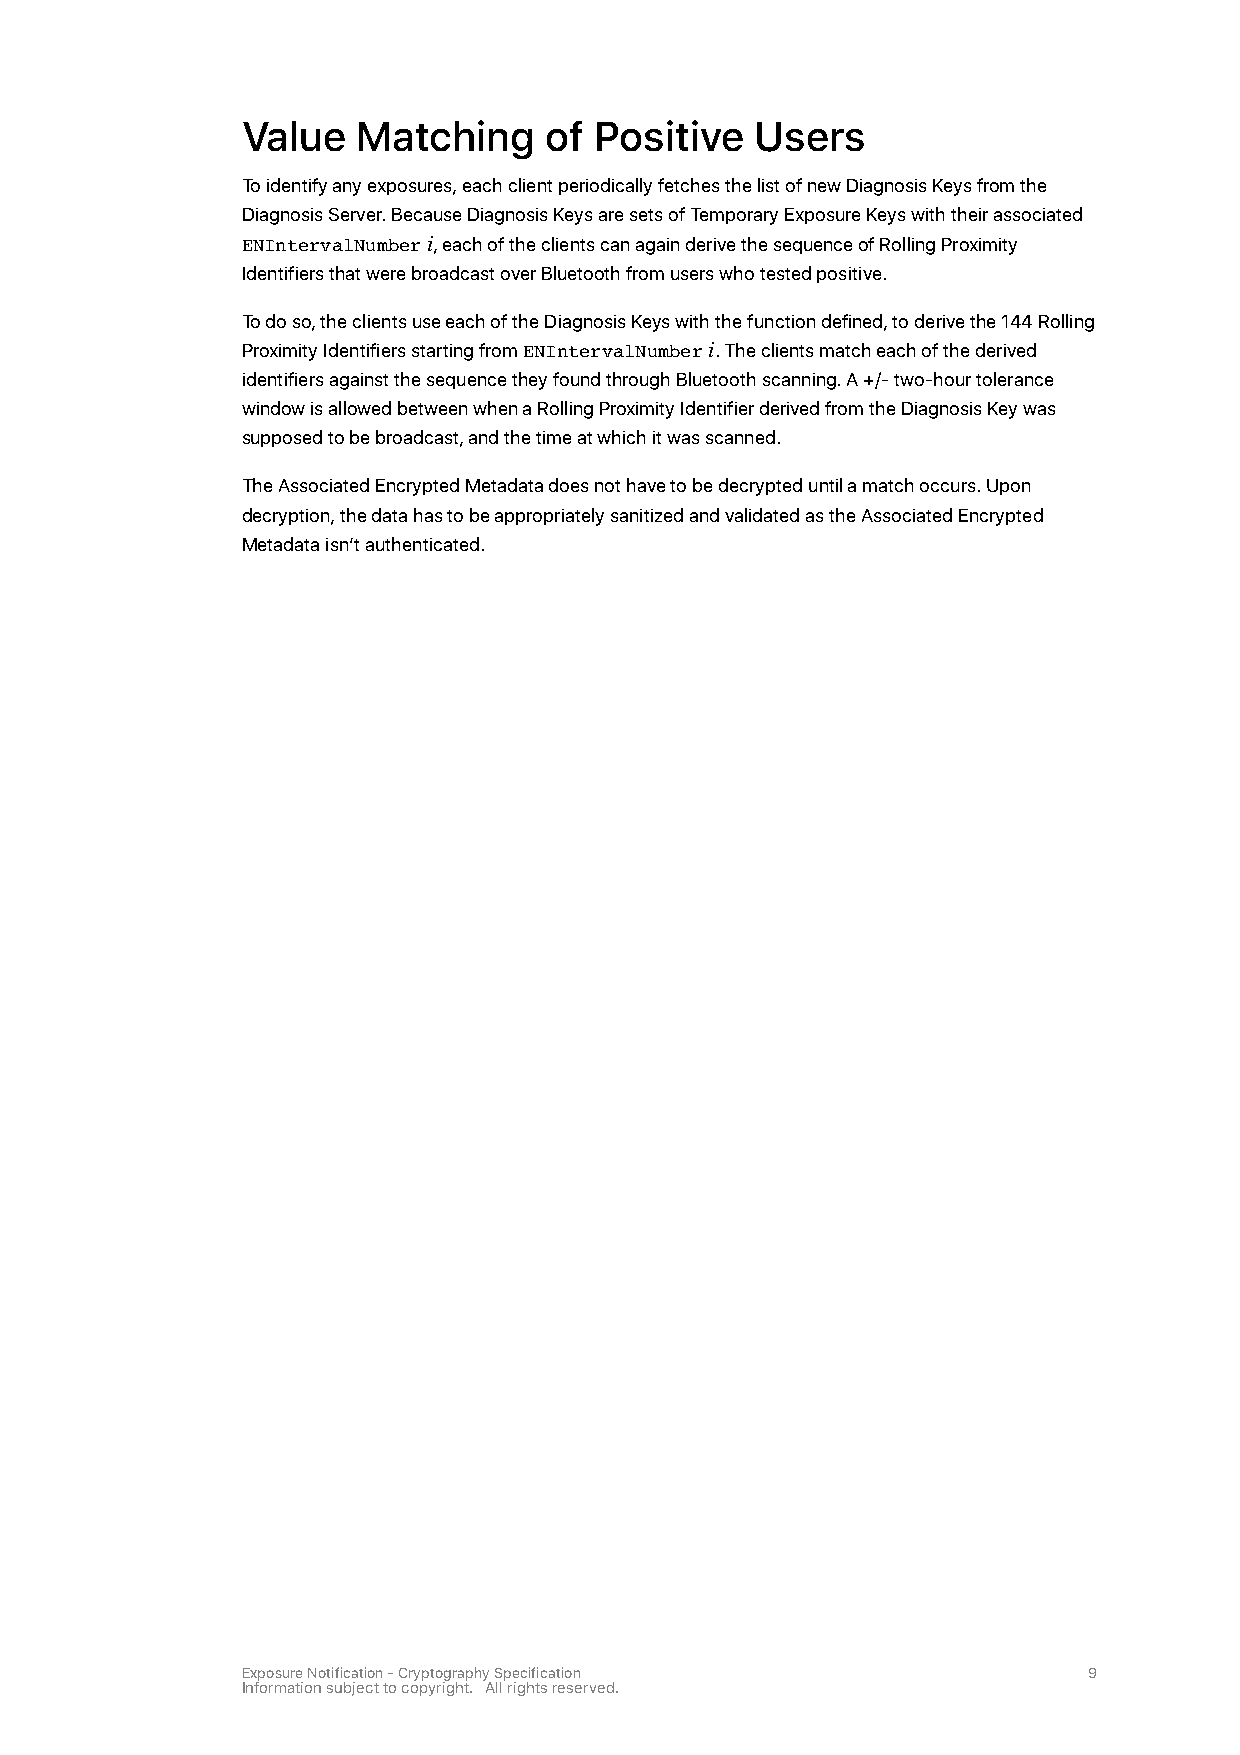
Value   Matching    of Positive   Users
 To identify any exposures, each client periodically fetches the list of new Diagnosis Keys from the
 Diagnosis Server. Because Diagnosis Keys are sets of Temporary Exposure Keys with their associated
 ENIntervalNumber i, each of the clients can again derive the sequence of Rolling Proximity
 Identifiers that were broadcast over Bluetooth from users who tested positive.
 To do so, the clients use each of the Diagnosis Keys with the function defined, to derive the 144 Rolling
 Proximity Identifiers starting from ENIntervalNumber i. The clients match each of the derived
 identifiers against the sequence they found through Bluetooth scanning. A +/- two-hour tolerance
 window is allowed between when a Rolling Proximity Identifier derived from the Diagnosis Key was
 supposed to be broadcast, and the time at which it was scanned.
 The Associated Encrypted Metadata does not have to be decrypted until a match occurs. Upon
 decryption, the data has to be appropriately sanitized and validated as the Associated Encrypted
 Metadata isn’t authenticated.
 Exposure Notification - Cryptography Specification      9
 Information subject to copyright. All rights reserved.